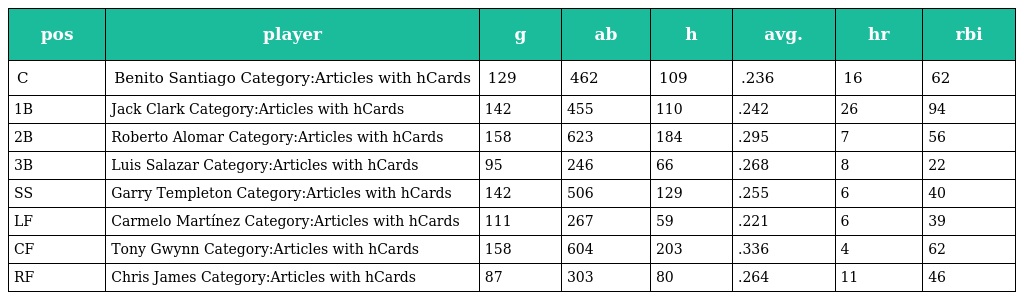
| pos | player | g | ab | h | avg. | hr | rbi |
 | --- | --- | --- | --- | --- | --- | --- | --- |
 | C | Benito Santiago Category:Articles with hCards | 129 | 462 | 109 | .236 | 16 | 62 |
 | 1B | Jack Clark Category:Articles with hCards | 142 | 455 | 110 | .242 | 26 | 94 |
 | 2B | Roberto Alomar Category:Articles with hCards | 158 | 623 | 184 | .295 | 7 | 56 |
 | 3B | Luis Salazar Category:Articles with hCards | 95 | 246 | 66 | .268 | 8 | 22 |
 | SS | Garry Templeton Category:Articles with hCards | 142 | 506 | 129 | .255 | 6 | 40 |
 | LF | Carmelo Martínez Category:Articles with hCards | 111 | 267 | 59 | .221 | 6 | 39 |
 | CF | Tony Gwynn Category:Articles with hCards | 158 | 604 | 203 | .336 | 4 | 62 |
 | RF | Chris James Category:Articles with hCards | 87 | 303 | 80 | .264 | 11 | 46 |